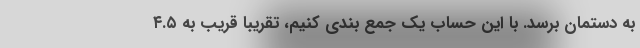
به دستمان برسد. با این حساب یک جمع بندی کنیم، تقریبا قریب به ۴.۵